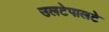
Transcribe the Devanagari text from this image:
उलटेपालटे